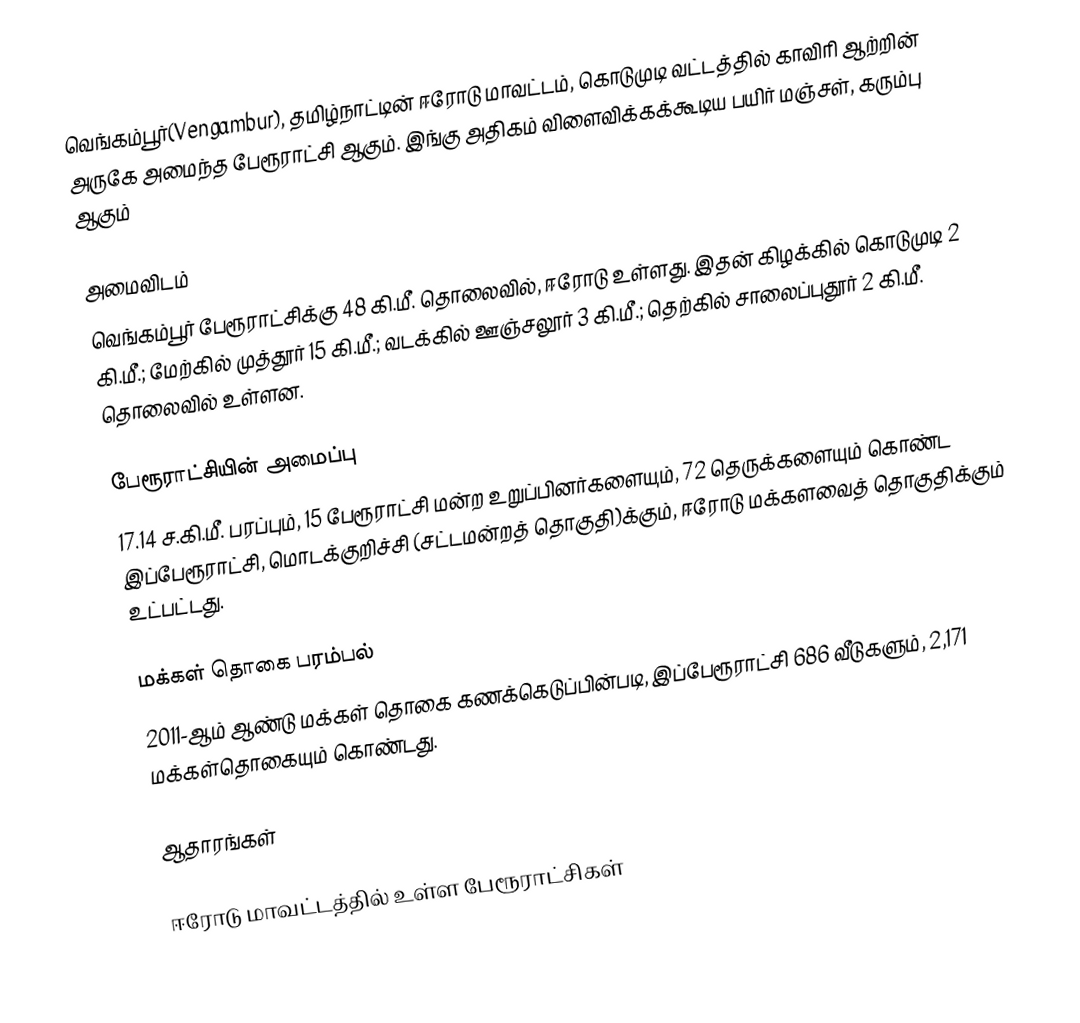
வெங்கம்பூர்(Vengambur), தமிழ்நாட்டின் ஈரோடு மாவட்டம், கொடுமுடி வட்டத்தில் காவிரி ஆற்றின் அருகே அமைந்த பேரூராட்சி ஆகும். இங்கு அதிகம் விளைவிக்கக்கூடிய பயிர் மஞ்சள், கரும்பு ஆகும்

அமைவிடம்
வெங்கம்பூர் பேரூராட்சிக்கு 48 கி.மீ. தொலைவில், ஈரோடு உள்ளது. இதன் கிழக்கில் கொடுமுடி 2 கி.மீ.; மேற்கில் முத்தூர் 15  கி.மீ.; வடக்கில் ஊஞ்சலூர் 3 கி.மீ.; தெற்கில் சாலைப்புதூர் 2 கி.மீ. தொலைவில் உள்ளன.

பேரூராட்சியின் அமைப்பு
17.14 ச.கி.மீ. பரப்பும், 15 பேரூராட்சி மன்ற உறுப்பினர்களையும், 72 தெருக்களையும் கொண்ட இப்பேரூராட்சி, மொடக்குறிச்சி   (சட்டமன்றத் தொகுதி)க்கும், ஈரோடு மக்களவைத் தொகுதிக்கும் உட்பட்டது.

மக்கள் தொகை பரம்பல்
2011-ஆம் ஆண்டு மக்கள் தொகை கணக்கெடுப்பின்படி,  இப்பேரூராட்சி 686 வீடுகளும்,  2,171 மக்கள்தொகையும் கொண்டது.

ஆதாரங்கள்

ஈரோடு மாவட்டத்தில் உள்ள பேரூராட்சிகள்